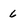
Character: 6